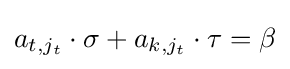
a_{t,j_{t}}\cdot \sigma +a_{k,j_{t}}\cdot \tau =\beta